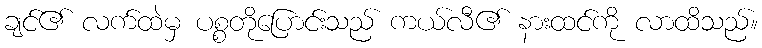
ချင်၏ လက်ထဲမှ ပစ္စတိုပြောင်းသည် ကယ်လီ၏ နားထင်ကို လာထိသည်။